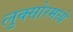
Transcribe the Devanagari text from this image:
लुक्सोरमध्ये